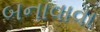
બનાવાવા